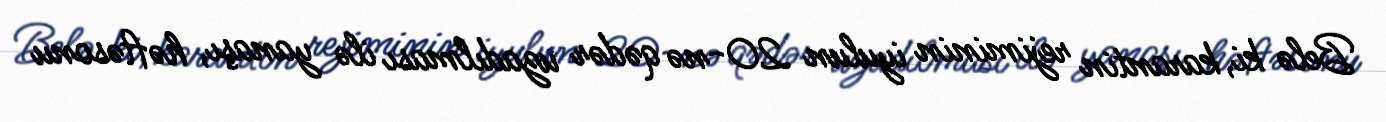
Belə ki, karantin rejiminin iyulun 20-nə qədər uzadılması ilə yanaşı, həftəsonu